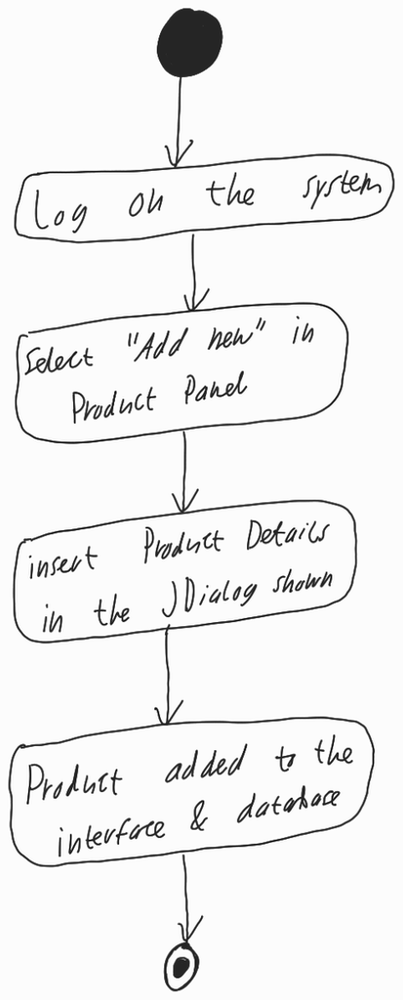
Diagram type: activity_diagram
```plantuml
@startuml

start

:Log on the system;

:Select "Add new" in Product Panel;

:insert Product details in the JDialog shown;

:Product added to the interface & database;

stop

@enduml
```